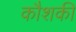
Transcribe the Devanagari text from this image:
कौशकी